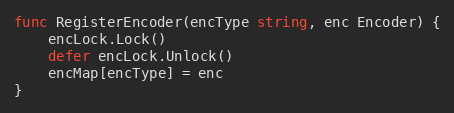
Language: Go
func RegisterEncoder(encType string, enc Encoder) {
	encLock.Lock()
	defer encLock.Unlock()
	encMap[encType] = enc
}